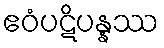
ဧဝံပဋိပန္နဿ